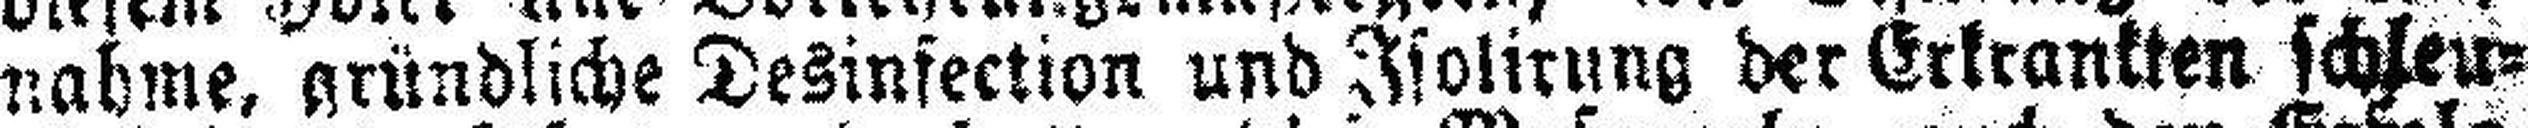
nahme, gründliche Desinfection und Isolirung der Erkrankten schleu¬